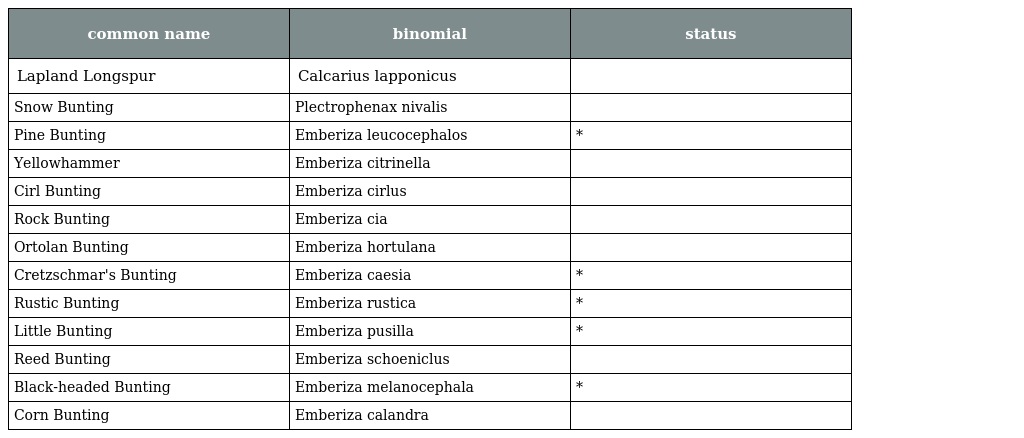
| common name | binomial | status |
 | --- | --- | --- |
 | Lapland Longspur | Calcarius lapponicus |  |
 | Snow Bunting | Plectrophenax nivalis |  |
 | Pine Bunting | Emberiza leucocephalos | * |
 | Yellowhammer | Emberiza citrinella |  |
 | Cirl Bunting | Emberiza cirlus |  |
 | Rock Bunting | Emberiza cia |  |
 | Ortolan Bunting | Emberiza hortulana |  |
 | Cretzschmar's Bunting | Emberiza caesia | * |
 | Rustic Bunting | Emberiza rustica | * |
 | Little Bunting | Emberiza pusilla | * |
 | Reed Bunting | Emberiza schoeniclus |  |
 | Black-headed Bunting | Emberiza melanocephala | * |
 | Corn Bunting | Emberiza calandra |  |